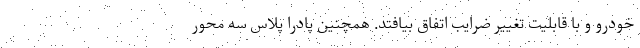
خودرو و با قابلیت تغییر ضرایب اتفاق بیافتد. همچنین پادرا پلاس سه محور